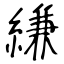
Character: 縑